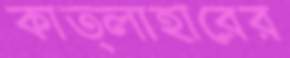
কাত্লাহারের